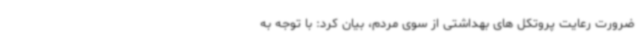
ضرورت رعایت پروتکل های بهداشتی از سوی مردم، بیان کرد: با توجه به